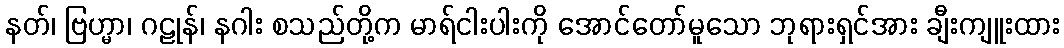
နတ်၊ ဗြဟ္မာ၊ ဂဠုန်၊ နဂါး စသည်တို့က မာရ်ငါးပါးကို အောင်တော်မူသော ဘုရားရှင်အား ချီးကျူးထား